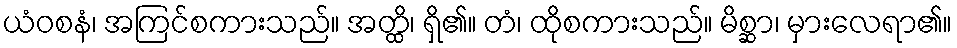
ယံဝစနံ၊ အကြင်စကားသည်။ အတ္ထိ၊ ရှိ၏။ တံ၊ ထိုစကားသည်။ မိစ္ဆာ၊ မှားလေရာ၏။